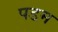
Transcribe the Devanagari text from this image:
पडम